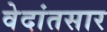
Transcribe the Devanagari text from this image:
वेदांतसार